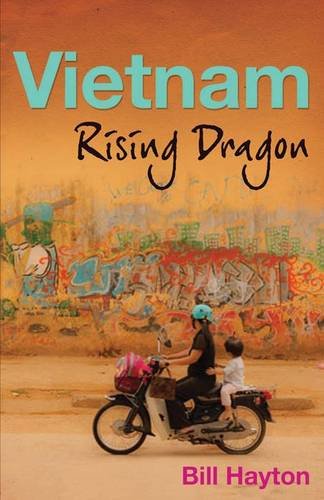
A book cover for Vietnam: Rising Dragon; Bill Hayton; Business & Money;